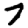
Digit: 7